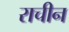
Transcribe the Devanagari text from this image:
राचीन